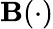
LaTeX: \mathbf{B}(\cdot)